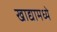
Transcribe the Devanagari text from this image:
खाद्यामध्ये